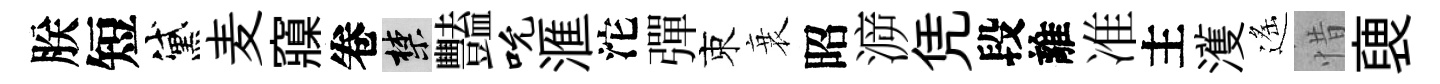
朕短黛麦䆿卷禁豔吮滙沱彈束衰昭㴑凭段離准主濩遙惜褏